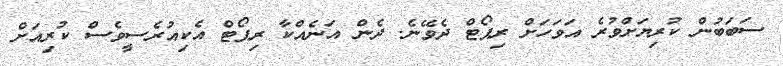
ސަބަބުން ކުރިޔަށްވުރެ އަވަހަށް ރިޕޯޓް ދެވޭނެ. ދެން އަނެއްކާ ރިޕޯޓް އެކިއުރެސީވެސް ކުރިއަށް